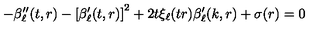
- \beta _ { \ell } ^ { \prime \prime } ( t , r ) - \left[ \beta _ { \ell } ^ { \prime } ( t , r ) \right] ^ { 2 } + 2 t \xi _ { \ell } ( t r ) \beta _ { \ell } ^ { \prime } ( k , r ) + \sigma ( r ) = 0